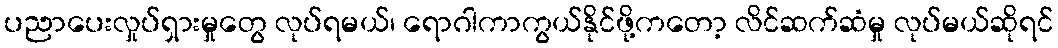
ပညာပေးလှုပ်ရှားမှုတွေ လုပ်ရမယ်၊ ရောဂါကာကွယ်နိုင်ဖို့ကတော့ လိင်ဆက်ဆံမှု လုပ်မယ်ဆိုရင်